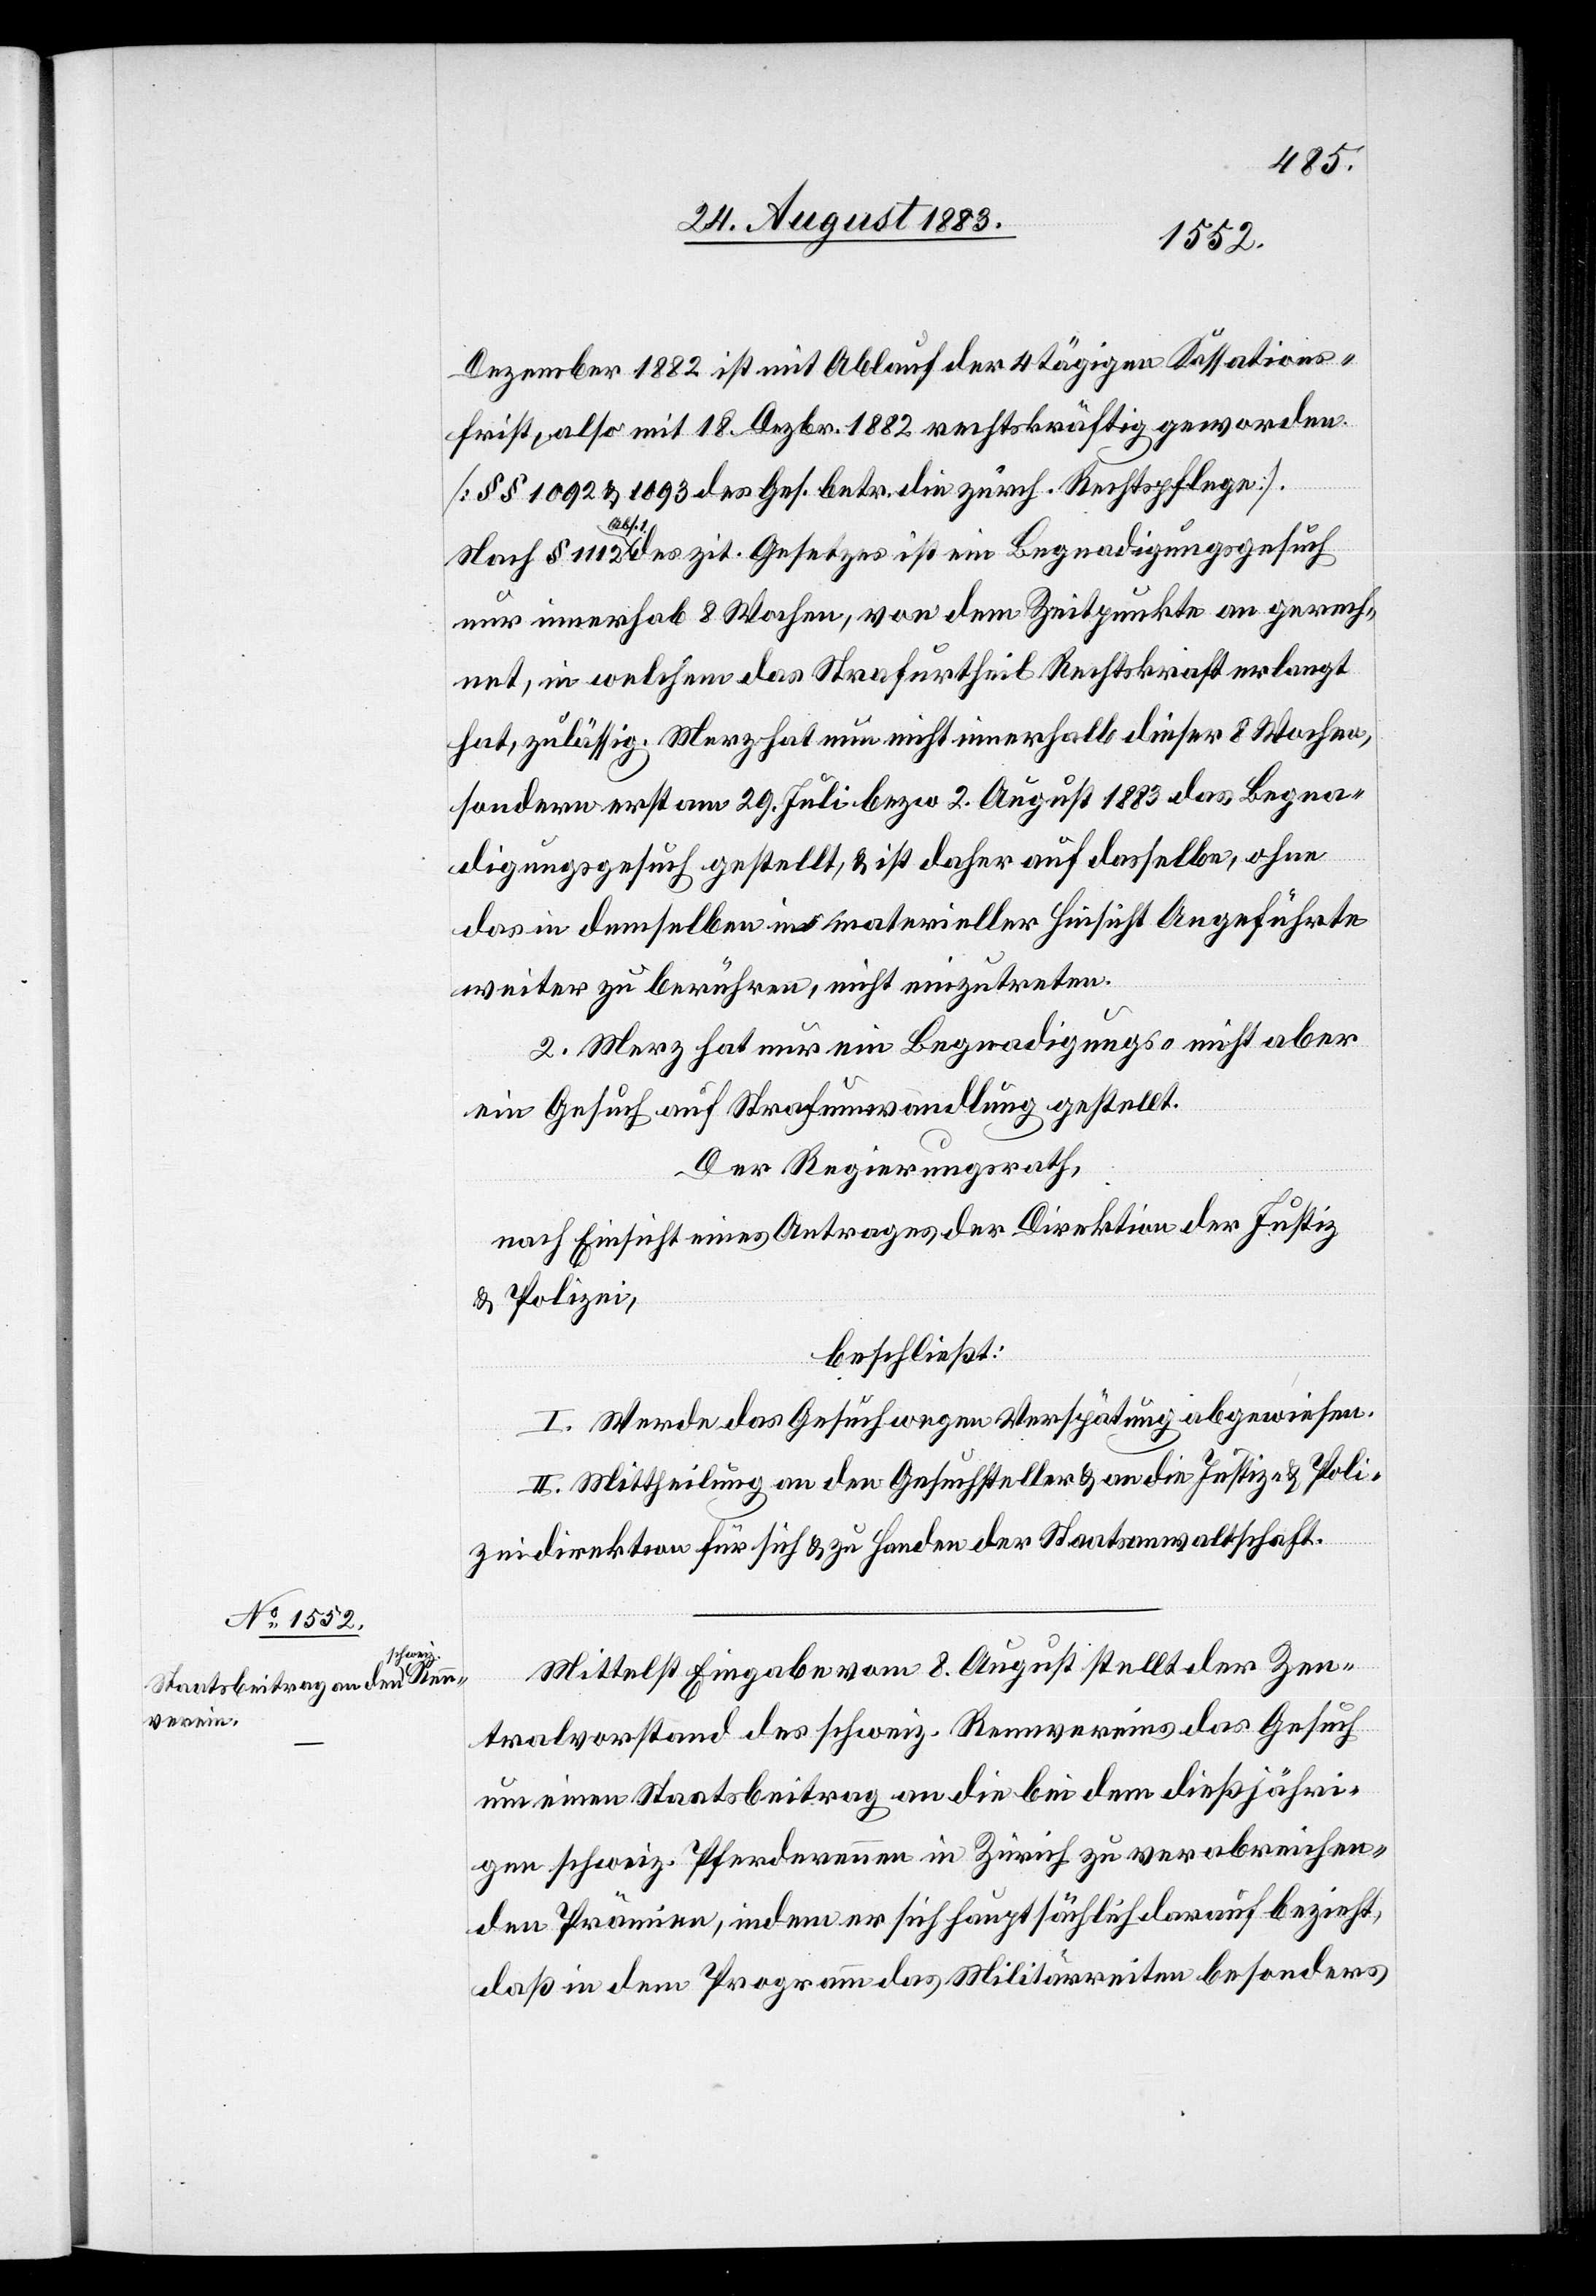
Dezember 1882 ist mit Ablauf der 4 tägigen Kassations¬
frist, also mit 18. Dezbr. 1882 rechtskräftig geworden.
[§§ 1092 & 1093 des Ges. betr. die zürch. Rechtspflege].
Nach § 1112 Abs. 1 des zit. Gesetzes ist ein Begnadigungsgesuch
nur innerhalb 8 Wochen, von dem Zeitpunkt an gerech¬
net, in welchem das Strafurtheil Rechtskraft erlangt
hat, zulässig. Merz hat nun nicht innerhalb dieser 8 Wochen,
sondern erst am 29. Juli bezw. 2. August 1883 das Begna¬
digungsgesuch gestellt, & ist daher auf dasselbe, ohne
das in demselben in materieller Hinsicht Aufgeführte
weiter zu berühren, nicht einzutreten.
2. Merz hat nur ein Begnadigungs- nicht aber
ein Gesuch auf Strafumwandlung gestellt.
Der Regierungsrath,
nach Einsicht eines Antrages der Direktion der Justiz
& Polizei,
beschließt:
I. Werde das Gesuch wegen Verspätung abgewiesen.
II. Mittheilung an den Gesuchsteller & an die Justiz- & Poli¬
zeidirektion für sich & zu Handen der Staatsanwaltschaft.
Mittelst Eingabe vom 8. August stellt der Zen¬
tralvorstand des schweiz. Rennvereins das Gesuch
um einen Staatsbeitrag an die bei dem dießjähri¬
gen schweiz. Pferderennen in Zürich zu verabreichen¬
den Prämien, indem er sich hauptsächlich darauf bezieht,
daß in dem Programm das Militärreiten besonders